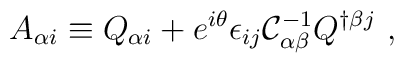
A_{\alpha i}\equiv Q_{\alpha i}+e^{i\theta}\epsilon_{ij}{\cal C}^{-1}_{\alpha\beta}Q^{\dagger \beta j}\ ,